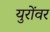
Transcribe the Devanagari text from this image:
युरोंवर